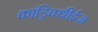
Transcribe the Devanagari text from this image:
कांड्रिक्थीईज़